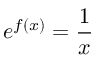
e ^ { f ( x ) } = { \frac { 1 } { x } }